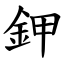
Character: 鉀